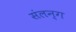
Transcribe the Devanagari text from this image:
संलन्ग